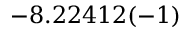
- 8 . 2 2 4 1 2 ( - 1 )